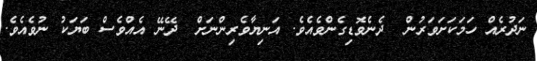
ނަދުރެއް ހަމަކަށަވަރުން  ދެނެވޮޑިގެންވެއެވެ. އަނިޔާވެރިންނަށް  ދޭނޭ އެއްވެސް ބަޔަކު ނުވެއެވެ.